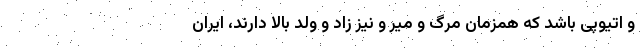
و اتیوپی باشد که همزمان مرگ و میر و نیز زاد و ولد بالا دارند، ایران